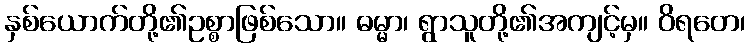
နှစ်ယောက်တို့၏ဥစ္စာဖြစ်သော။ ဓမ္မာ၊ ရွာသူတို့၏အကျင့်မှ။ ဝိရတေ၊